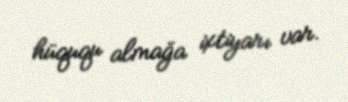
hüququ almağa ixtiyarı var.